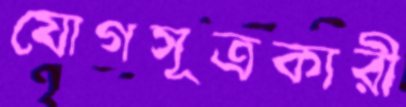
যোগসূত্রকারী